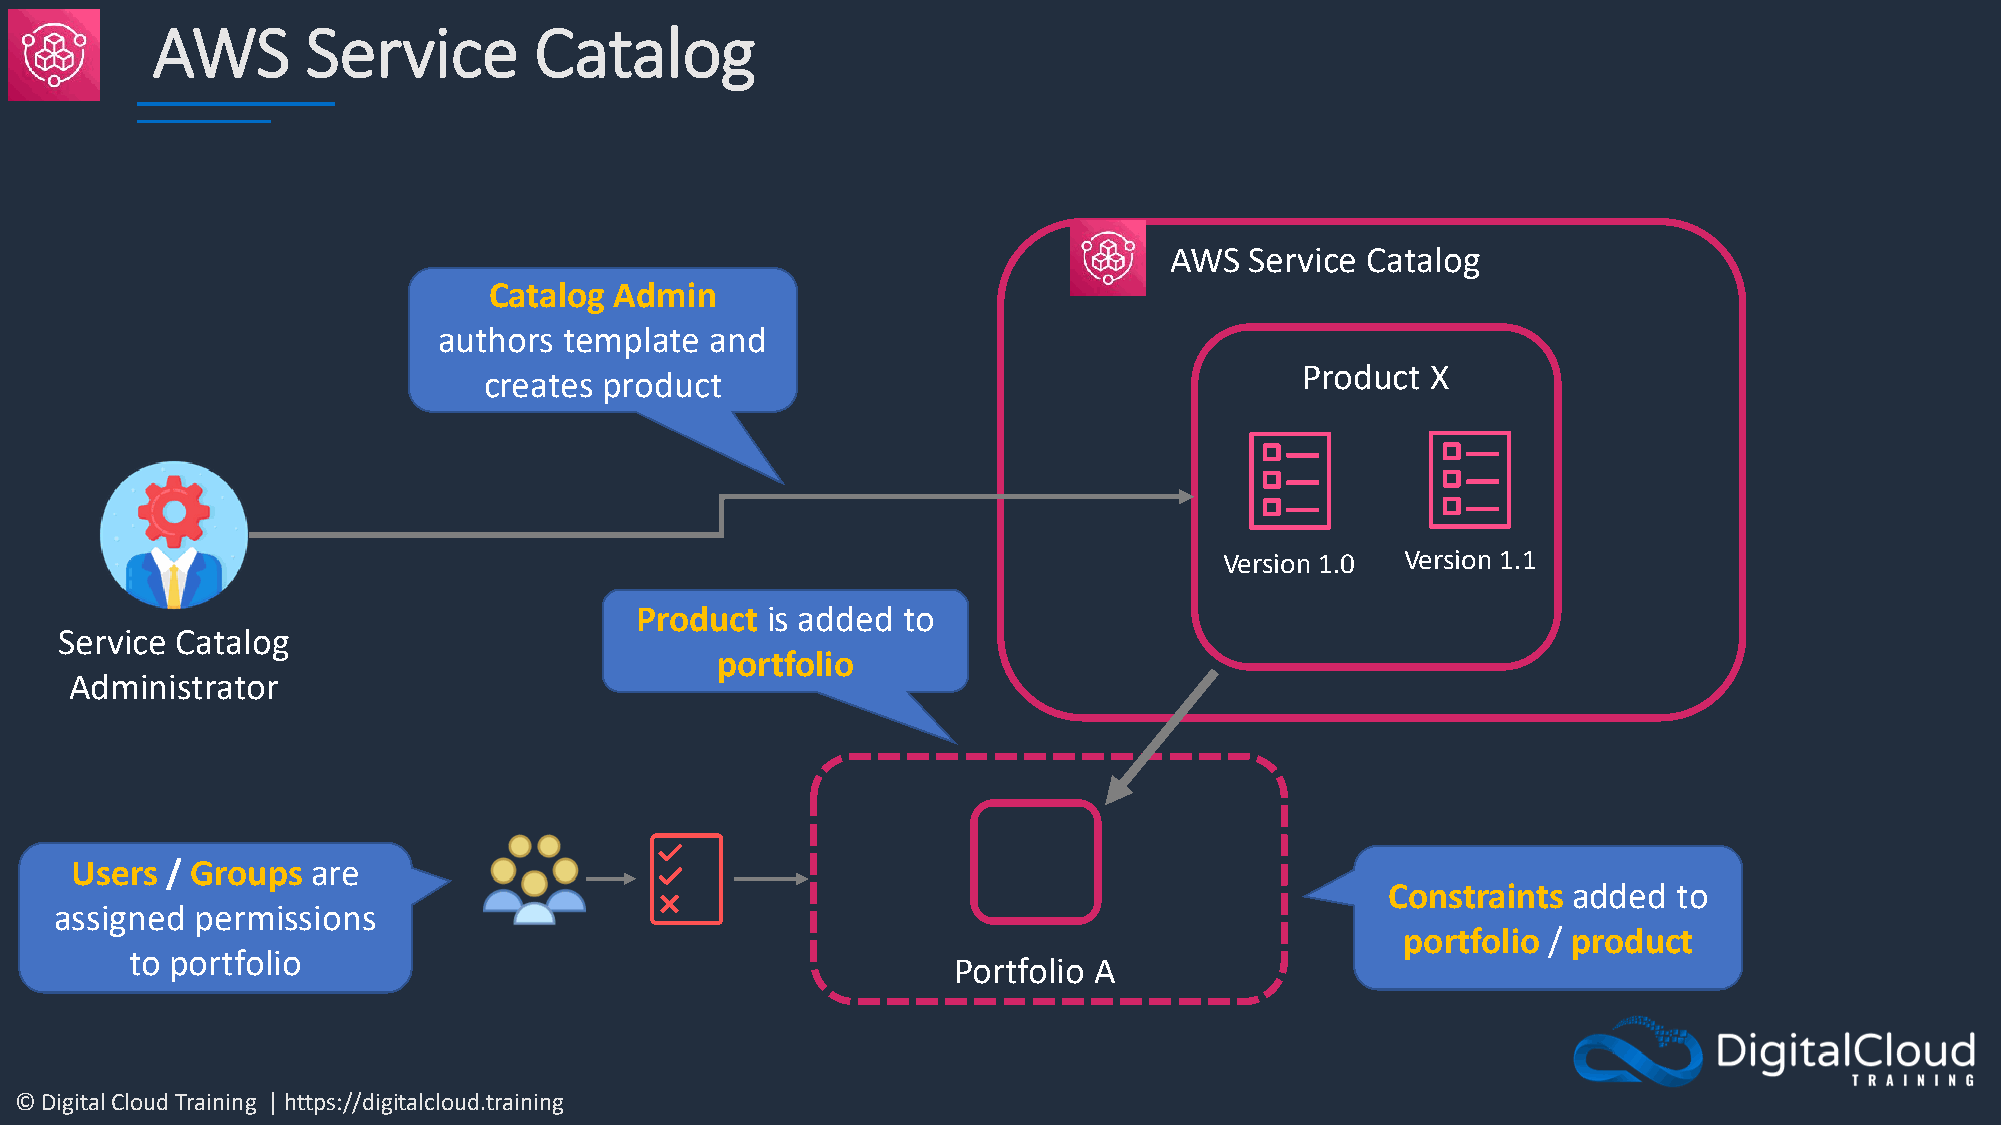
AWS       Service        Catalog
 AWS   Service Catalog
 Catalog  Admin
 authors template  and
 Product  X
 creates product
 Version 1.0 Version 1.1
 Product  is added to
 Service Catalog
 portfolio
 Administrator
 Users / Groups  are
 Constraints added  to
 assigned permissions
 portfolio / product
 to portfolio
 Portfolio A
 © Digital Cloud Training | https://digitalcloud.training